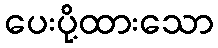
ပေးပို့ထားသော